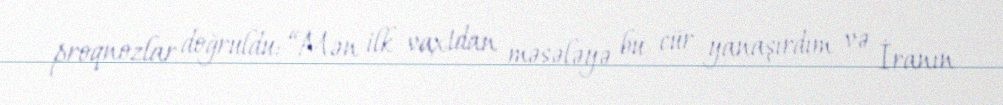
proqnozlar doğruldu: “Mən ilk vaxtdan məsələyə bu cür yanaşırdım və İranın